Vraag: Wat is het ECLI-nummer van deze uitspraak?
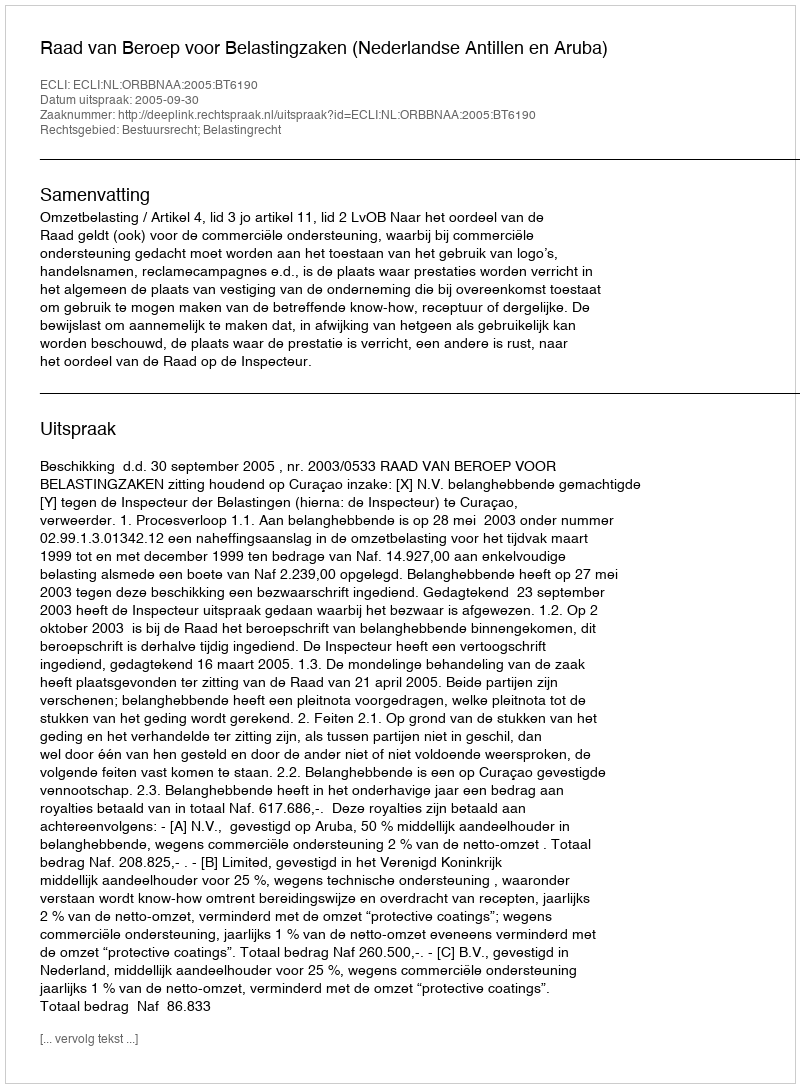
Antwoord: ECLI:NL:ORBBNAA:2005:BT6190